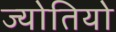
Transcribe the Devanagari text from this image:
ज्योतियो